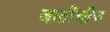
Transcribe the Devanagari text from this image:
जातींचीच